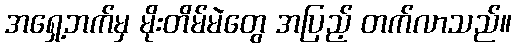
အရှေ့ဘက်မှ မိုးတိမ်မဲတွေ အပြည့် တက်လာသည်။